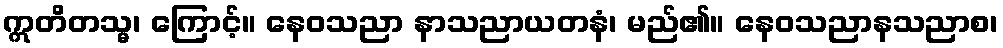
ဣတိတသ္မ၊ ကြောင့်။ နေဝသညာ နာသညာယတနံ၊ မည်၏။ နေဝသညာနသညာစ၊